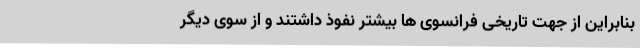
بنابراین از جهت تاریخی فرانسوی ها بیشتر نفوذ داشتند و از سوی دیگر